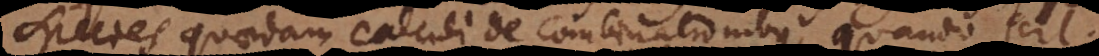
species quaedam calculi de combinationibus, quando scil.